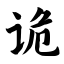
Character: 诡